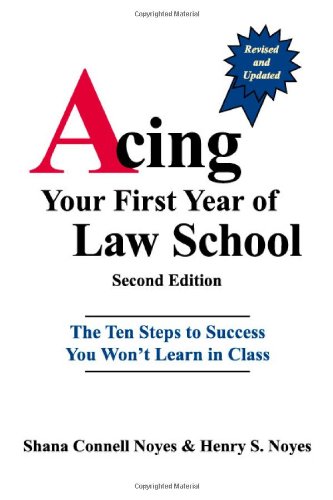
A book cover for Acing Your First Year of Law School: The Ten Steps to Success You Won't Learn in Class, 2nd Edition; Shana Connell Noyes; Education & Teaching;